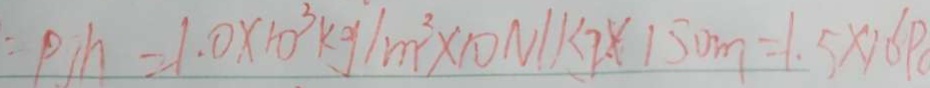
p h = 1 . 0 \times 1 0 ^ { 3 } k g / m ^ { 2 } \times 1 0 N / k g \times 1 5 0 m = 1 . 5 \times 1 0 p